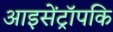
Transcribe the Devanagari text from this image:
आइसेंट्रॉपकि